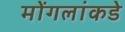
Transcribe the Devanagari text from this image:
मोंगलांकडे